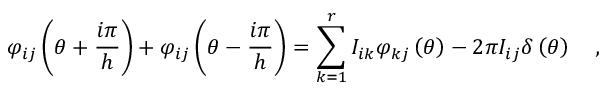
\varphi _ { i j } \left( \theta + \frac { i \pi } { h } \right) + \varphi _ { i j } \left( \theta - \frac { i \pi } { h } \right) = \sum _ { k = 1 } ^ { r } I _ { i k } \varphi _ { k j } \left( \theta \right) - 2 \pi I _ { i j } \delta \left( \theta \right) \quad ,